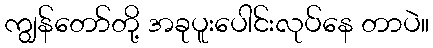
ကျွန်တော်တို့ အခုပူးပေါင်းလုပ်နေ တာပဲ။